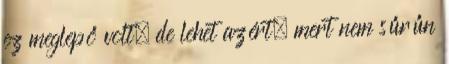
ez meglepő volt, de lehet azért, mert nem sűrűn